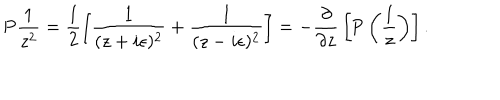
\textrm { P } \frac { 1 } { z ^ { 2 } } = \frac { 1 } { 2 } \left[ \frac { 1 } { ( z + i \epsilon ) ^ { 2 } } + \frac { 1 } { ( z - i \epsilon ) ^ { 2 } } \right] = - { \frac { \partial } { \partial z } } \left[ \textrm { P } \left( { \frac { 1 } { z } } \right) \right] .